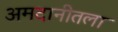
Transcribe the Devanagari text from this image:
अमदानीतला